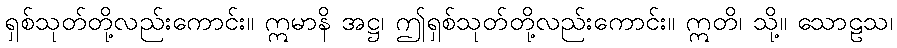
ရှစ်သုတ်တို့လည်းကောင်း။ ဣမာနိ အဋ္ဌ၊ ဤရှစ်သုတ်တို့လည်းကောင်း။ ဣတိ၊ သို့။ သောဠသ၊